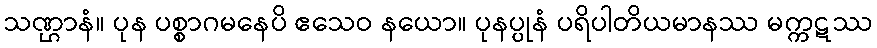
သဏ္ဌာနံ။ ပုန ပစ္စာဂမနေပိ ဧသေဝ နယော။ ပုနပ္ပုနံ ပရိပါတိယမာနဿ မက္ကဋဿ